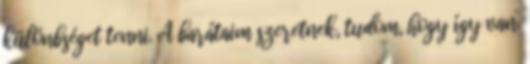
különbséget tenni. A barátaim szeretnek, tudom, hogy így van.